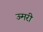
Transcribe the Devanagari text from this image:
ऊमरी